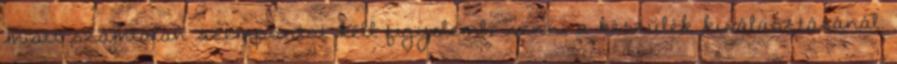
miatt számtalan szempontot kell figyelembe venni a készülék kiválasztásánál.